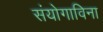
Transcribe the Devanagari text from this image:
संयोगाविना